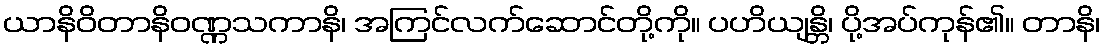
ယာနိဝိတာနိဝဏ္ဏသကာနိ၊ အကြင်လက်ဆောင်တို့ကို။ ပဟိယျန္တိ၊ ပို့အပ်ကုန်၏။ တာနိ၊